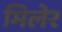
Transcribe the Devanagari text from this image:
मिलेर